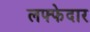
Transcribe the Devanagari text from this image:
लफ्फेदार